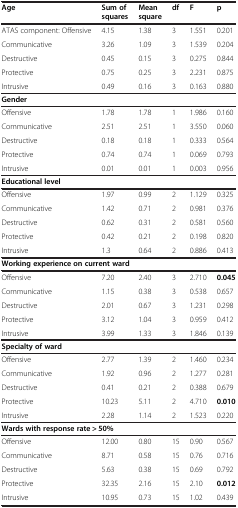
<table><thead><tr><td><b>Age</b></td><td><b>Sum of squares</b></td><td><b>Mean square</b></td><td><b>df</b></td><td><b>F</b></td><td><b>p</b></td></tr></thead><tbody><tr><td>ATAS component: Offensive</td><td>4.15</td><td>1.38</td><td>3</td><td>1.551</td><td>0.201</td></tr><tr><td>Communicative</td><td>3.26</td><td>1.09</td><td>3</td><td>1.539</td><td>0.204</td></tr><tr><td>Destructive</td><td>0.45</td><td>0.15</td><td>3</td><td>0.275</td><td>0.844</td></tr><tr><td>Protective</td><td>0.75</td><td>0.25</td><td>3</td><td>2.231</td><td>0.875</td></tr><tr><td>Intrusive</td><td>0.49</td><td>0.16</td><td>3</td><td>0.163</td><td>0.880</td></tr><tr><td colspan="6"><b>Gender</b></td></tr><tr><td>Offensive</td><td>1.78</td><td>1.78</td><td>1</td><td>1.986</td><td>0.160</td></tr><tr><td>Communicative</td><td>2.51</td><td>2.51</td><td>1</td><td>3.550</td><td>0.060</td></tr><tr><td>Destructive</td><td>0.18</td><td>0.18</td><td>1</td><td>0.333</td><td>0.564</td></tr><tr><td>Protective</td><td>0.74</td><td>0.74</td><td>1</td><td>0.069</td><td>0.793</td></tr><tr><td>Intrusive</td><td>0.01</td><td>0.01</td><td>1</td><td>0.003</td><td>0.956</td></tr><tr><td colspan="6"><b>Educational level</b></td></tr><tr><td>Offensive</td><td>1.97</td><td>0.99</td><td>2</td><td>1.129</td><td>0.325</td></tr><tr><td>Communicative</td><td>1.42</td><td>0.71</td><td>2</td><td>0.981</td><td>0.376</td></tr><tr><td>Destructive</td><td>0.62</td><td>0.31</td><td>2</td><td>0.581</td><td>0.560</td></tr><tr><td>Protective</td><td>0.42</td><td>0.21</td><td>2</td><td>0.198</td><td>0.820</td></tr><tr><td>Intrusive</td><td>1.3</td><td>0.64</td><td>2</td><td>0.886</td><td>0.413</td></tr><tr><td colspan="6"><b>Working experience on current ward</b></td></tr><tr><td>Offensive</td><td>7.20</td><td>2.40</td><td>3</td><td>2.710</td><td><b>0.045</b></td></tr><tr><td>Communicative</td><td>1.15</td><td>0.38</td><td>3</td><td>0.538</td><td>0.657</td></tr><tr><td>Destructive</td><td>2.01</td><td>0.67</td><td>3</td><td>1.231</td><td>0.298</td></tr><tr><td>Protective</td><td>3.12</td><td>1.04</td><td>3</td><td>0.959</td><td>0.412</td></tr><tr><td>Intrusive</td><td>3.99</td><td>1.33</td><td>3</td><td>1.846</td><td>0.139</td></tr><tr><td colspan="6"><b>Specialty of ward</b></td></tr><tr><td>Offensive</td><td>2.77</td><td>1.39</td><td>2</td><td>1.460</td><td>0.234</td></tr><tr><td>Communicative</td><td>1.92</td><td>0.96</td><td>2</td><td>1.277</td><td>0.281</td></tr><tr><td>Destructive</td><td>0.41</td><td>0.21</td><td>2</td><td>0.388</td><td>0.679</td></tr><tr><td>Protective</td><td>10.23</td><td>5.11</td><td>2</td><td>4.710</td><td><b>0.010</b></td></tr><tr><td>Intrusive</td><td>2.28</td><td>1.14</td><td>2</td><td>1.523</td><td>0.220</td></tr><tr><td colspan="6"><b>Wards with response rate &gt; 50%</b></td></tr><tr><td>Offensive</td><td>12.00</td><td>0.80</td><td>15</td><td>0.90</td><td>0.567</td></tr><tr><td>Communicative</td><td>8.71</td><td>0.58</td><td>15</td><td>0.76</td><td>0.716</td></tr><tr><td>Destructive</td><td>5.63</td><td>0.38</td><td>15</td><td>0.69</td><td>0.792</td></tr><tr><td>Protective</td><td>32.35</td><td>2.16</td><td>15</td><td>2.10</td><td><b>0.012</b></td></tr><tr><td>Intrusive</td><td>10.95</td><td>0.73</td><td>15</td><td>1.02</td><td>0.439</td></tr></tbody></table>